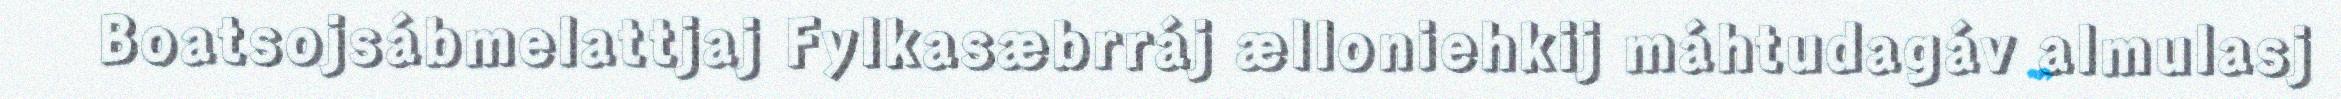
Boatsojsábmelattjaj Fylkasæbrráj ælloniehkij máhtudagáv almulasj